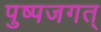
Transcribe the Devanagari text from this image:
पुष्पजगत्